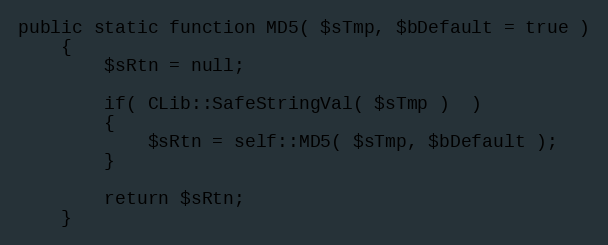
Language: PHP
public static function MD5( $sTmp, $bDefault = true )
    {
        $sRtn = null;

        if( CLib::SafeStringVal( $sTmp )  )
        {
            $sRtn = self::MD5( $sTmp, $bDefault );
        }

        return $sRtn;
    }